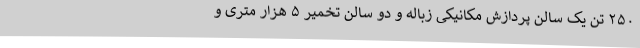
۲۵۰ تن یک سالن پردازش مکانیکی زباله و دو سالن تخمیر ۵ هزار متری و